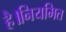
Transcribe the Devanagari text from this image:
है।नियमित